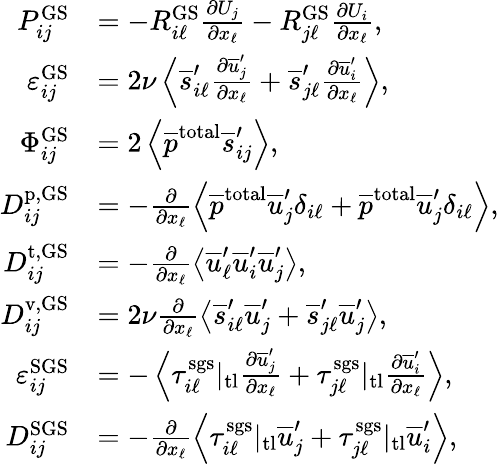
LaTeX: \begin{array}{rl}{P_{ij}^{\mathrm{GS}}}&{=-R_{i\ell}^{\mathrm{GS}}\frac{\partial U_{j}}{\partial x_{\ell}}-R_{j\ell}^{\mathrm{GS}}\frac{\partial U_{i}}{\partial x_{\ell}},}\\ {\varepsilon_{ij}^{\mathrm{GS}}}&{=2\nu\left<\overline{{s}}_{i\ell}^{\prime}\frac{\partial\overline{{u}}_{j}^{\prime}}{\partial x_{\ell}}+\overline{{s}}_{j\ell}^{\prime}\frac{\partial\overline{{u}}_{i}^{\prime}}{\partial x_{\ell}}\right>,}\\ {\Phi_{ij}^{\mathrm{GS}}}&{=2\left<\overline{{p}}^{\mathrm{total}}\overline{{s}}_{ij}^{\prime}\right>,}\\ {D_{ij}^{\mathrm{p,GS}}}&{=-\frac{\partial}{\partial x_{\ell}}\left<\overline{{p}}^{\mathrm{total}}\overline{{u}}_{j}^{\prime}\delta_{i\ell}+\overline{{p}}^{\mathrm{total}}\overline{{u}}_{j}^{\prime}\delta_{i\ell}\right>,}\\ {D_{ij}^{\mathrm{t,GS}}}&{=-\frac{\partial}{\partial x_{\ell}}\left<\overline{{u}}_{\ell}^{\prime}\overline{{u}}_{i}^{\prime}\overline{{u}}_{j}^{\prime}\right>,}\\ {D_{ij}^{\mathrm{v,GS}}}&{=2\nu\frac{\partial}{\partial x_{\ell}}\left<\overline{{s}}_{i\ell}^{\prime}\overline{{u}}_{j}^{\prime}+\overline{{s}}_{j\ell}^{\prime}\overline{{u}}_{j}^{\prime}\right>,}\\ {\varepsilon_{ij}^{\mathrm{SGS}}}&{=-\left<\tau_{i\ell}^{\mathrm{sgs}}|_{\mathrm{tl}}\frac{\partial\overline{{u}}_{j}^{\prime}}{\partial x_{\ell}}+\tau_{j\ell}^{\mathrm{sgs}}|_{\mathrm{tl}}\frac{\partial\overline{{u}}_{i}^{\prime}}{\partial x_{\ell}}\right>,}\\ {D_{ij}^{\mathrm{SGS}}}&{=-\frac{\partial}{\partial x_{\ell}}\left<\tau_{i\ell}^{\mathrm{sgs}}|_{\mathrm{tl}}\overline{{u}}_{j}^{\prime}+\tau_{j\ell}^{\mathrm{sgs}}|_{\mathrm{tl}}\overline{{u}}_{i}^{\prime}\right>,}\end{array}